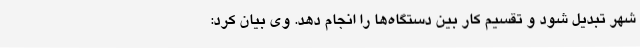
شهر تبدیل شود و تقسیم کار بین دستگاه‌ها را انجام دهد. وی بیان کرد: